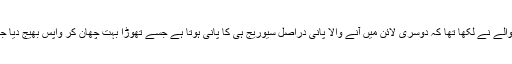
لکھنے والے نے لکھا تھا کہ دوسری لائن میں آنے والا پانی دراصل سیوریج ہی کا پانی ہوتا ہے جسے تھوڑا بہت چھان کر واپس بھیج دیا جاتا ہے ۔